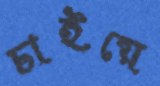
চাইয়ে